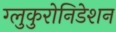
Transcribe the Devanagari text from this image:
ग्लुकुरोनिडेशन